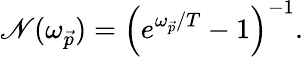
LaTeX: \mathscr{N}(\omega_{\vec{{p}}})=\left(e^{\omega_{\vec{{p}}}/T}-1\right)^{-1}.